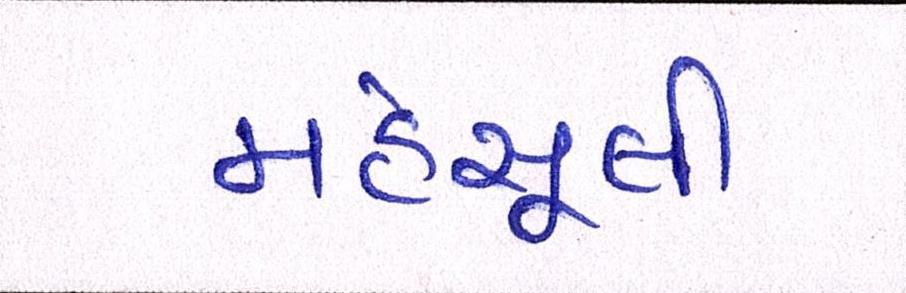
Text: મહેસૂલી